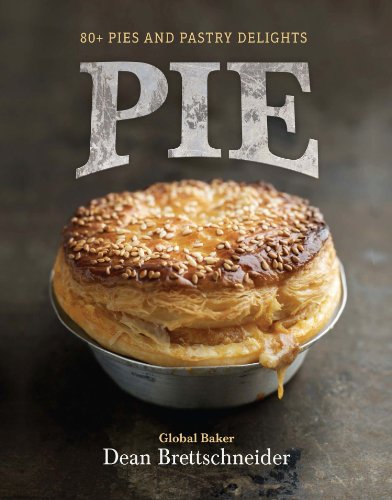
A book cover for Pie: 80+ Pies and Pastry Delights; Dean Brettschneider; Cookbooks, Food & Wine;